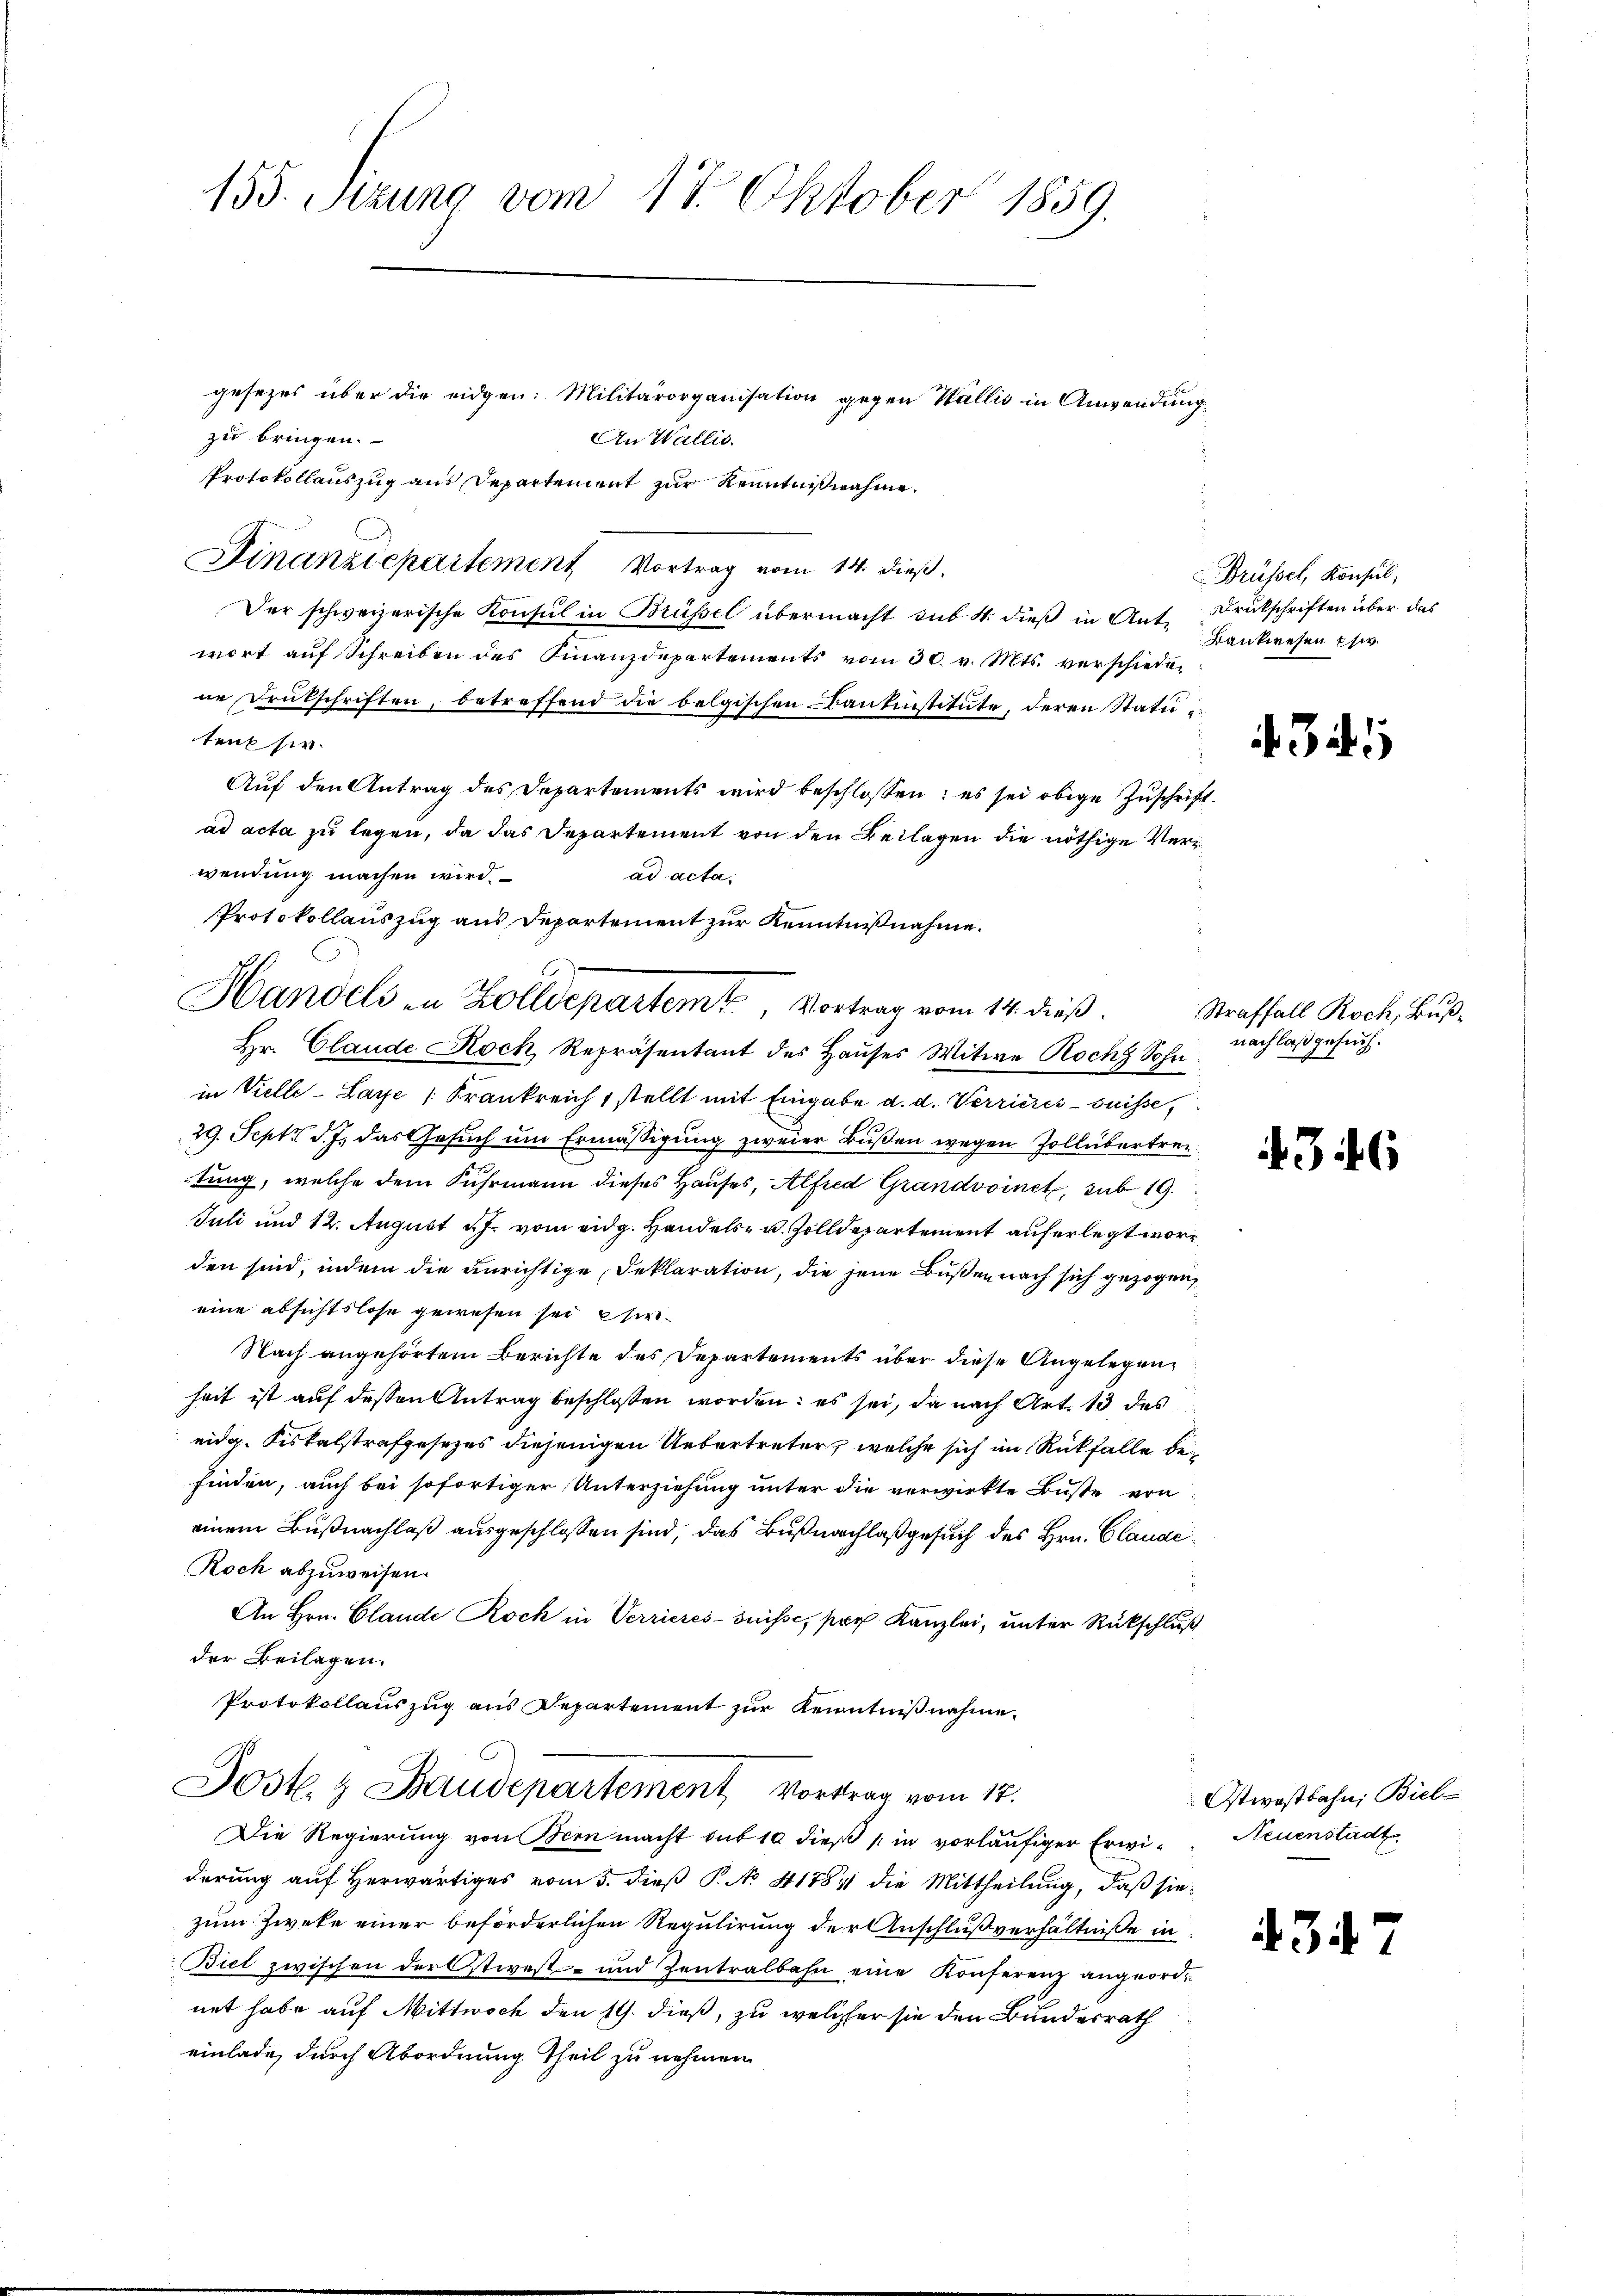
155. Sizung vom 17. Oktober 1859.
gesezes über die eidgen: Militärorganisation gegen Wallis in Anwendung
zu bringen.

Protokollauszug aus Departement zur Kenntnißnahme.
Finanzdepartement Vortrag vom 14. dieß.
Der schweizerische Konsul in Brüssel übermacht sub 1. dieß in Ant. Drukschriften über das
wort aŭf Schreiben des Finanzdepartements vom 30. v. Mts. verschiede-
ne Drukschriften, betreffend die belgischen Bantinstitute, deren Statuteulsir.
Auf den Antrag des Departements wird beschlossen; es sei obige Zuschrift
ad acta zu legen, da das Departement von den Beilagen die nöthige Verwendung machen wird.
ad acta.
Protokollauszug aus Departement zur Kenntnißnahme.
Hr. Claude Koch, Repräsentant des Hauses Witwe Roch Sohn
in Vielle-Laye /: Frankreich 1 stellt mit Eingabe d. d. Verrieres suisse,
29. Sept. d. J. das Gesuch um Ermäßigung zweier Bußen wegen Zollübertretung, welche dem Fuhrmann dieses Hauses, Alfred Grandvoinet, sub 19.
Juli und 12. August d. J. vom eidg. Handels- u. Zolldepartement auferlegt worden sind, indem die unrichtige Deklaration, die jene Bußen nach sich gezogen,
eine absichtslose gewesen sei hier
Nach angehörtem Berichte des Departements über diese Angelegenheit ist auf dessen Antrag beschlossen worden; es sei, da nach Art. 13 des
eidg. Fiskalstrafgesezes diejenigen Uebertreter, welche sich im Rückfalle befinden, auch bei sofortiger Unterziehung unter die verwirkte Buße von
einem Bußnachlaß ausgeschlossen sind, das Bußnachlaß gesuch des Hrn. Claude
Roch abzuweisen.
An Hrn. Claude Roch in Verrieres-Suisse, par Kanzlei, unter Rückschluß
der Beilagen.
Protokollauszug aus Departement zur Kenntnißnahme.
Post. & Baudepartement Vortrag vom 17.
Die Regierung von Bern macht sub 10 dieß (in vorläufiger Erwi- Neuenstädte
derung auf Herwärtiges vom 5. dieß P. No 11884 die Mittheilung, daß sie
zum Zweke einer beförderlichen Regulirung der Anschlußverhältniße in
Biel zwischen der Ostwest- und Zentralbahn eine Konferenz angeordnet habe auf Mittwoch den 11. dieß, zu welcher sie den Bundesrath
einlade, durch Abordnung theil zu nehmen

Handels in Zolldepartemt, Vortrag vom 14. dieß.

An Wallis.

Brüssel, Konsul,
Bankwesen Ehe.

434

Straffall Roch, Buß-
nachlaß gesuch.

4346

Ostwostbahn, Biel-

434